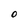
Character: O